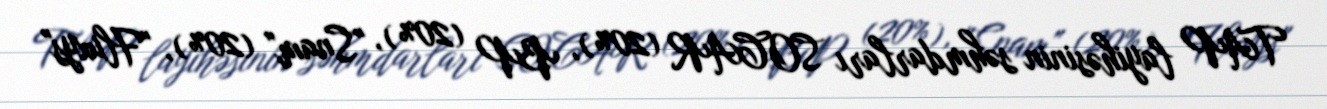
TAP layihəsinin səhmdarları SOCAR (20%), BP (20%), "Snam" (20%), "Fluxys"